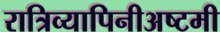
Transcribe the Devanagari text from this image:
रात्रिव्यापिनीअष्टमी